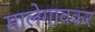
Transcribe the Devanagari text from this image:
मालेगावकर